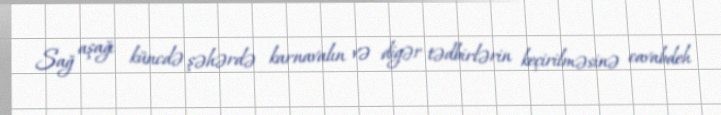
Sağ aşağı küncdə şəhərdə karnavalın və digər tədbirlərin keçirilməsinə cavabdeh